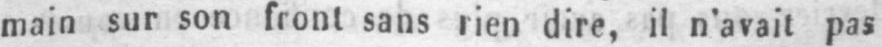
main sur son front sans rien dire, il n’avait pas